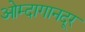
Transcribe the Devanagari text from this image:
ओम्दागानदूर